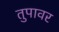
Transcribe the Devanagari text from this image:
तुपावर